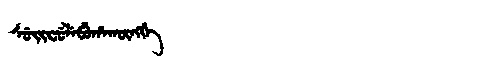
Manchu: ᠰᡠᡳᠸᡠᠯᡝᠪᡠᡥᠠᡴᡡᠩᡤᡝ
Romanization: SUIFULEBUHAKŪNGGE